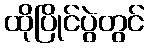
ထိုပြိုင်ပွဲတွင်